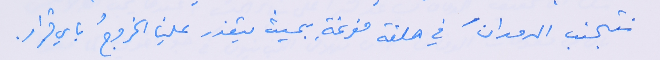
نتجنب الدورانَ في حلقة مفرغةِ بحيث يتعذر علينا الخروجُ باي قرار.